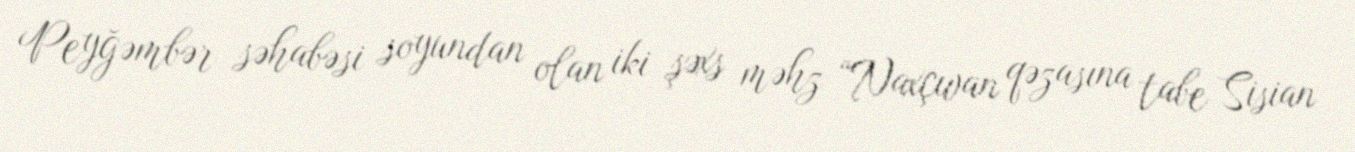
Peyğəmbər səhabəsi soyundan olan iki şəxs məhz “Naxçıvan qəzasına tabe Sisian